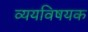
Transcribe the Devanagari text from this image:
व्ययविषयक